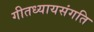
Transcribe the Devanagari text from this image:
गीतध्यायसंगति